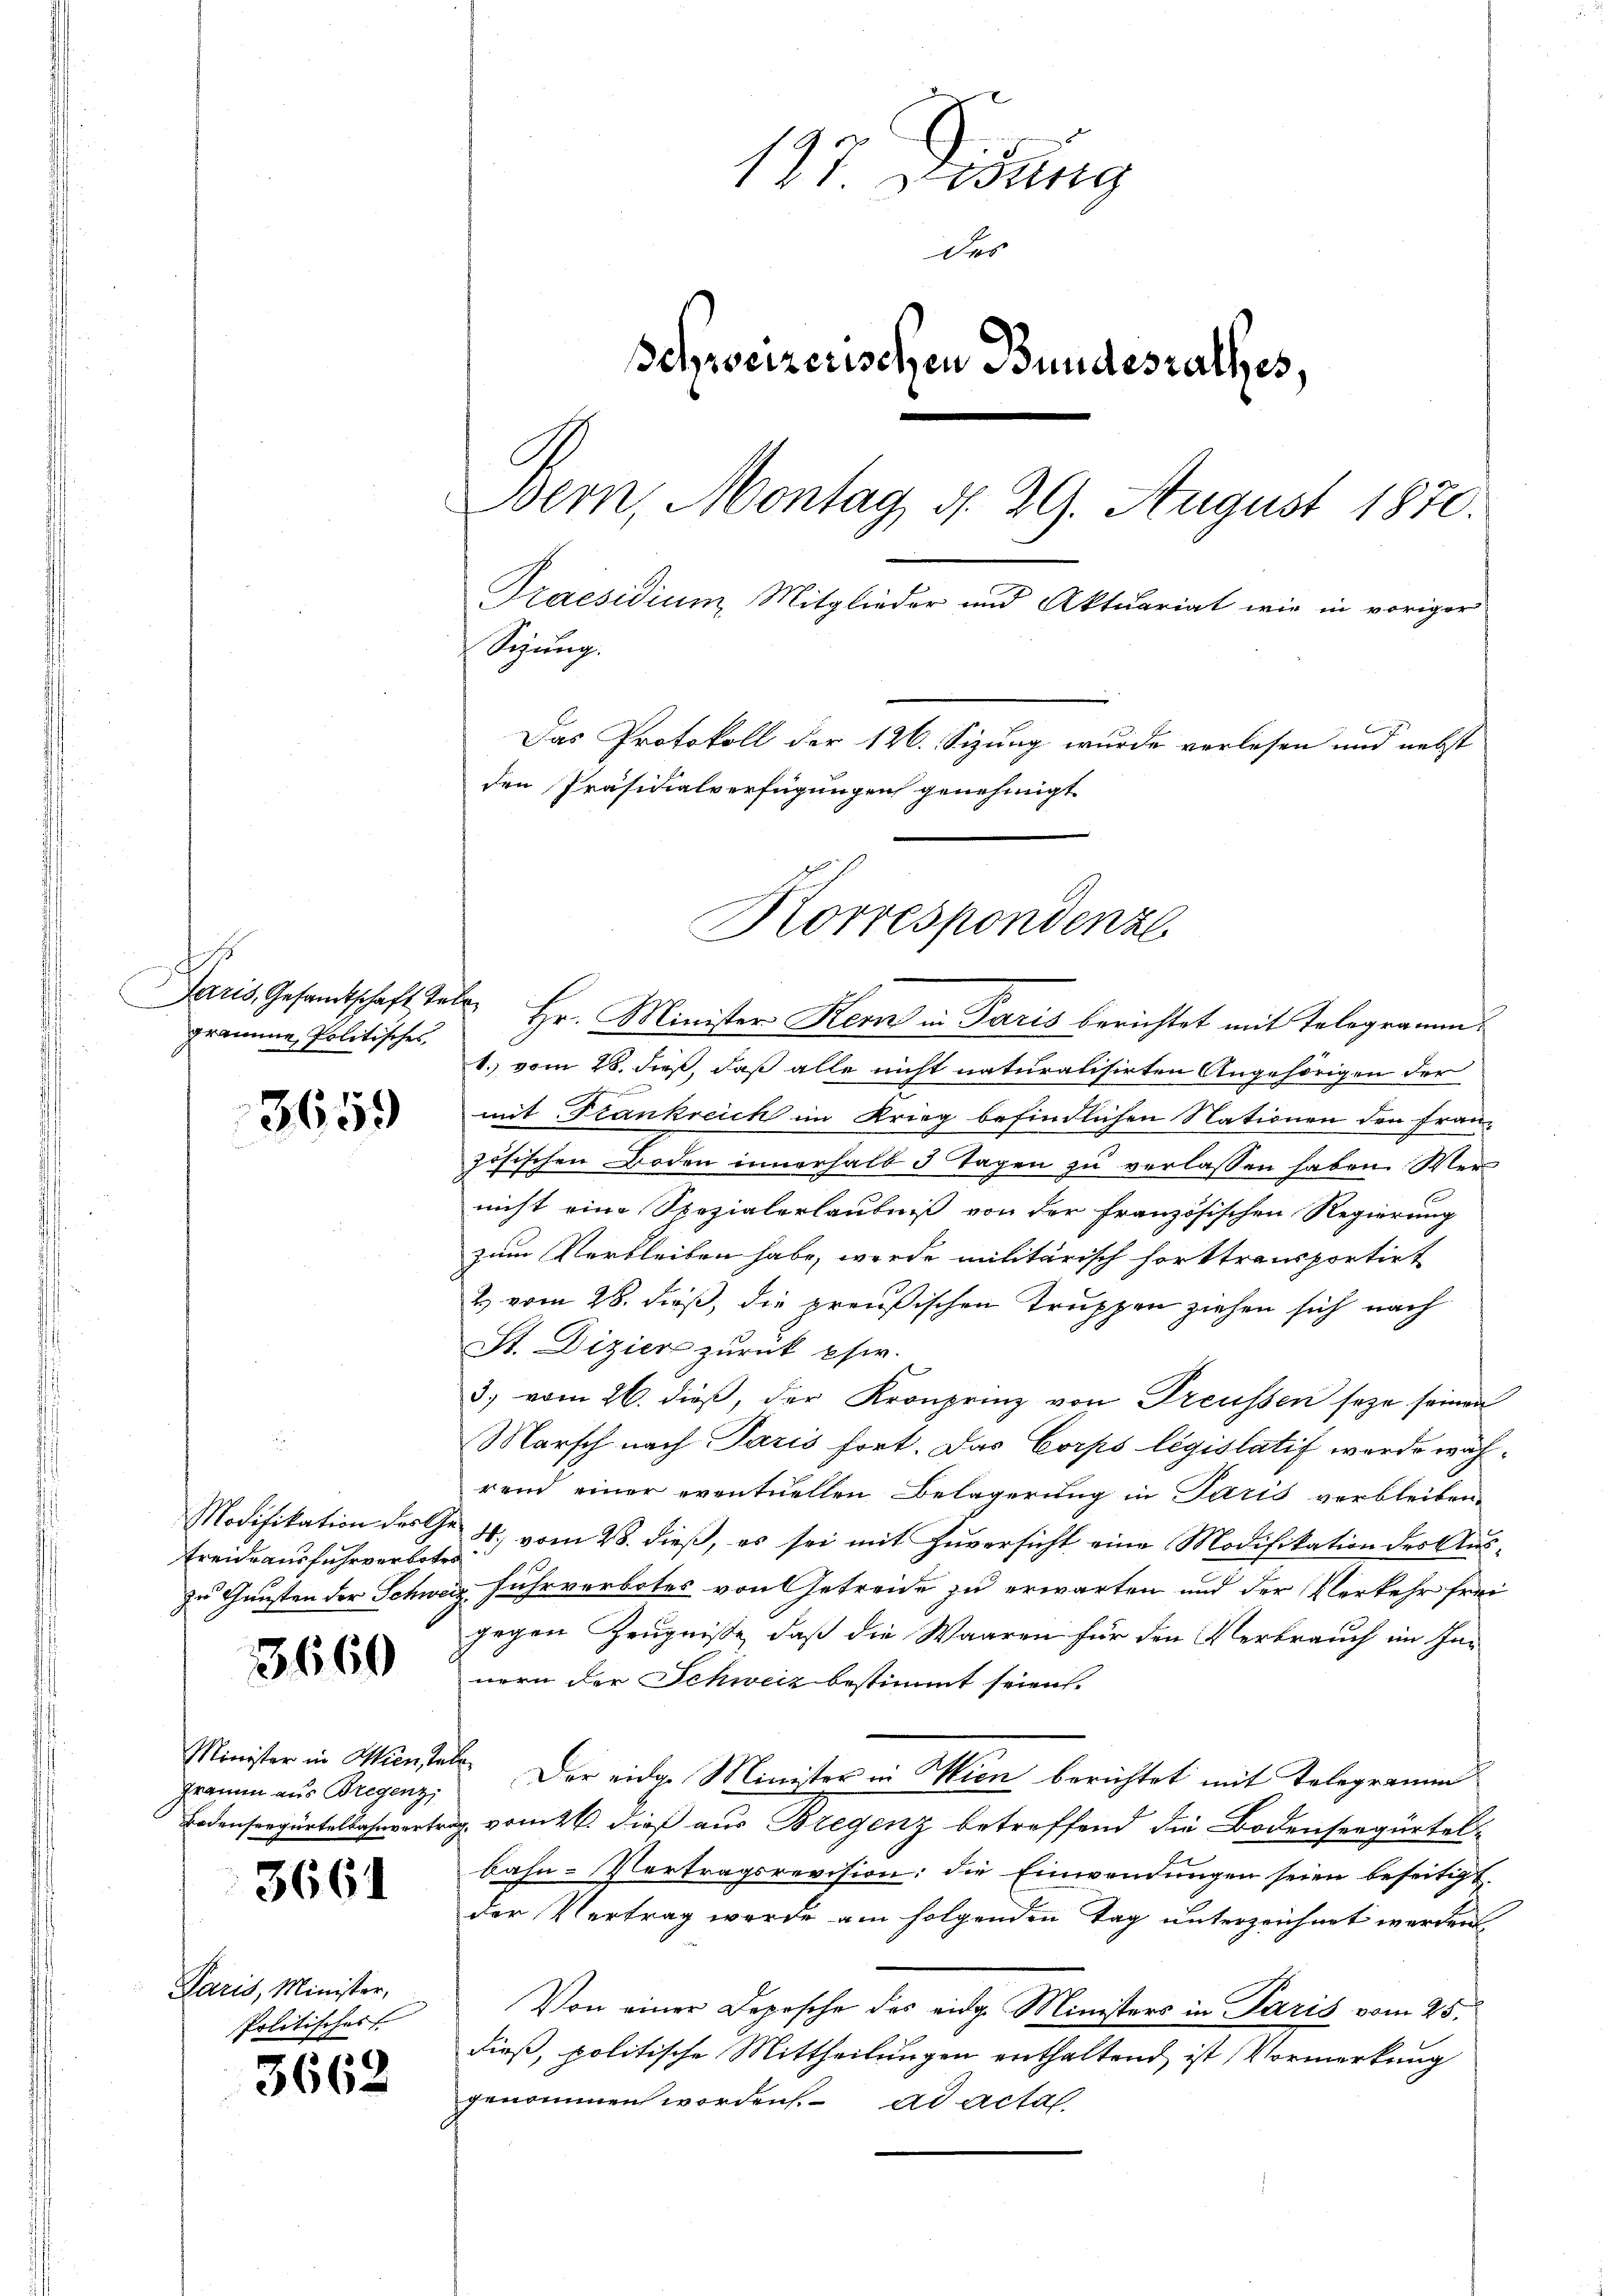
s
gramme, Politisches

3659

Freide ausfuhrverboten

3660

Minister in Wien, Tele
Gramm aus Bregenz,

3661

Paris, Minister,
Politisches

3662

127 Visung
des
Schweizerischen Bundesrathes,
Bern, Montag, d. 29. August 1870.
Praesidium, Mitglieder und Aktuariat wir in voriger
Sigung.
Das Protokoll der 126. Sizung wurde verlesen und nebst
den Präsidialverfügungen genehmigt
Korrespondenze

Paris, Gesandtschaft tele Hr. Ministers Hems in Paris berichtet mit Telegramm
1. vom 28. dieß, daß alle nicht naturalisirten Angehörigen der
en
mit Frankreich im Krieg befindlichen Nationen den französischen Boden innerhalb 3 Tagen zu verlassen haben. Wer
nicht eine Spezialerlaubniß von der französischen Regierung
zum Verbleiben habe, werde militärisch forttransportirt
2 vom 28. dieß, die preußischen Truppen ziehen sich nach
St. Dizier zurück psw.
3. vom 26. dieβ, der Kronprinz von Treussen seye seinen
Marsch nach Paris fort. Das Corps législatif werde während einer eventuellen Belagerung in Paris verbleiben,
Modifikation des Gr. 4. vom 28. dieβ, es sei mit Zŭversicht eine Modifikation der Aŭs-
zu Gunsten der Schweiz fuhrverbotes von Getreide zu erwarten und der Verkehr frei
gegen Zeugniße, daß die Waaren für den Verbrauch im Innern der Schweiz bestimmt seien.
Der eidg. Minister in Wien berichtet mit Telegramm
Bodensergürtelbahnvertrag vom 26. dieß aus Bregenz betreffend die Bodenseegürtel-
bahn-Vertragsrevision: die Einwendungen seien beseitigt.
der Vertrag wurde am folgenden Tag unterzeichnet werden
Von einer Depesche des eidge Ministers in Paris vom 25.
dieß, politische Mittheilungen enthaltend ist Vormerkung
genommen worden. ad acta.